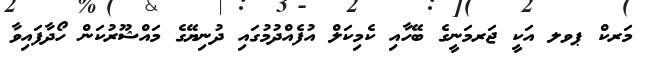
މަރކް ޕވލ އަކީ ޖަރމަނީގެ ބޭހާއި ކެމިކަލް އުފެއްދުމުގައި ދުނިޔޭގެ މައްޝޫރުކަން ހޯދާފައިވާ